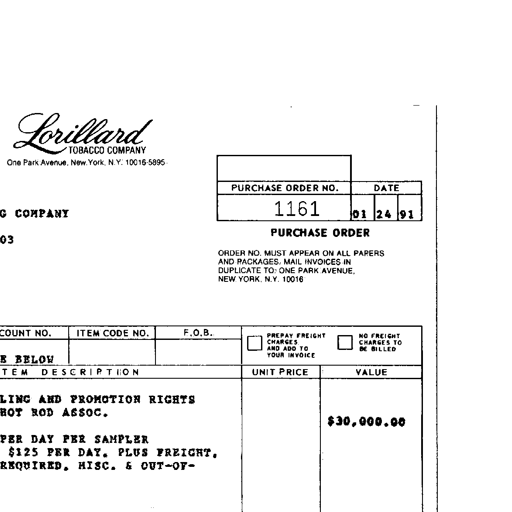
Lorillard TOBACCO COMPANY
One Park Avenue, New York, N.Y. 10016-5895
PURCHASE ORDER NO. DATE
1161 01 24 91
PURCHASE ORDER
ORDER NO. MUST APPEAR ON ALL PAPERS
AND PACKAGES. MAIL INVOICES IN
DUPLICATE TO: ONE PARK AVENUE,
NEW YORK, N.Y. 10016
COMPANY
03
COUNT NO. ITEM CODE NO. F.O.B.
PREPAY FREIGHT CHARGES AND ADD TO YOUR INVOICE
NO FREIGHT CHARGES TO BE BILLED
BELOW
ITEM DESCRIPTION UNIT PRICE VALUE
LING AND PROMOTION RIGHTS
HOT ROD ASSOC. $30,000.00
PER DAY PER SAMPLER
$125 PER DAY. PLUS FREIGHT.
REQUIRED. MISC. & OUT-OF-